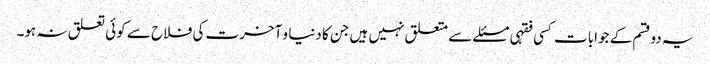
یہ دوقسم کے جوابات کسی فقہی مسئلے سے متعلق نہیں ہیں جن کا دنیا و آخرت کی فلاح سے کوئی تعلق نہ ہو۔